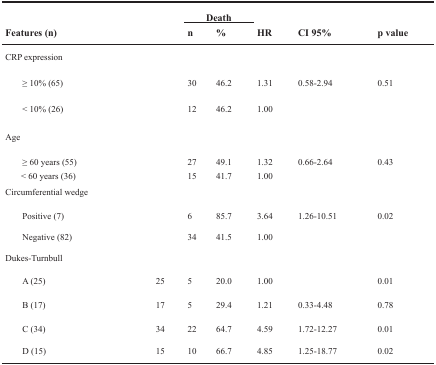
| <ROWSPAN=2-COLSPAN=2> Features (n) | <COLSPAN=2> Death | <ROWSPAN=2> HR | <ROWSPAN=2> CI 95% | <ROWSPAN=2> p value |
 | n | % |
 | --- | --- | --- | --- | --- | --- | --- |
 | CRP expression |  |  |  |  |  |  |
 | ≥ 10% (65) |  | 30 | 46.2 | 1.31 | 0.58-2.94 | 0.51 |
 | < 10% (26) |  | 12 | 46.2 | 1.00 |  |  |
 | Age |  |  |  |  |  |  |
 | ≥ 60 years (55) |  | 27 | 49.1 | 1.32 | 0.66-2.64 | 0.43 |
 | < 60 years (36) |  | 15 | 41.7 | 1.00 |  |  |
 | Circumferential wedge |  |  |  |  |  |  |
 | Positive (7) |  | 6 | 85.7 | 3.64 | 1.26-10.51 | 0.02 |
 | Negative (82) |  | 34 | 41.5 | 1.00 |  |  |
 | Dukes-Turnbull |  |  |  |  |  |  |
 | A (25) | 25 | 5 | 20.0 | 1.00 |  | 0.01 |
 | B (17) | 17 | 5 | 29.4 | 1.21 | 0.33-4.48 | 0.78 |
 | C (34) | 34 | 22 | 64.7 | 4.59 | 1.72-12.27 | 0.01 |
 | D (15) | 15 | 10 | 66.7 | 4.85 | 1.25-18.77 | 0.02 |